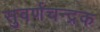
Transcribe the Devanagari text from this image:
सुवर्णचन्द्रक